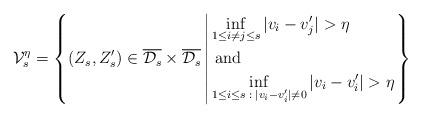
LaTeX: \begin{align*}\mathcal{V}_s^\eta = \left\{(Z_s,Z_s^\prime) \in \overline{\mathcal{D}_s} \times\overline{\mathcal{D}_s} \left|\begin{aligned}& \inf_{1 \leq i \neq j \leq s} |v_i-v_j^\prime| > \eta \\& \textnormal{ and } \\& \inf_{1 \leq i \leq s \; : \; |v_i - v_i^\prime|\neq 0}|v_i - v_i^\prime|>\eta\end{aligned}\right. \right\}\end{align*}